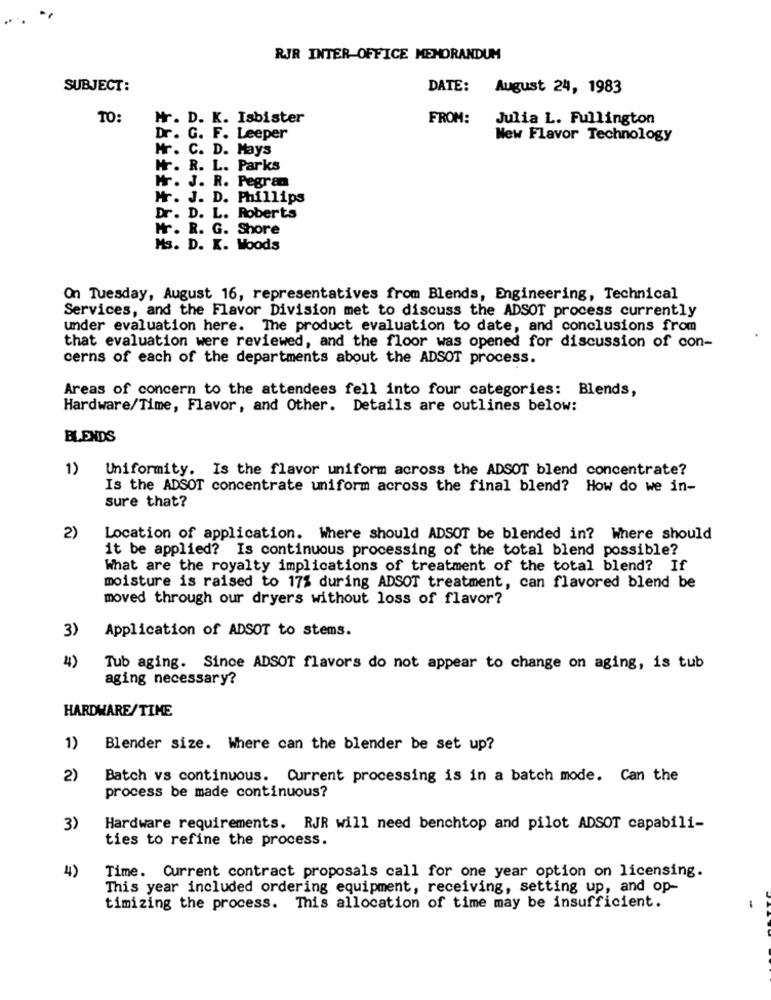
RJR INTER-OFFICE MEMORANDUM
SUBJECT:
DATE:
August 24, 1983
TO:
Mr. D. K. Isbister
FROM:
Julia L. Fullington
Dr. G. F. Leeper
New Flavor Technology
Mr. C. D. Mays
Hr. R. L. Parks
Mr. J. R. Pegran
Mr. J. D. Phillips
Dr. D. L. Roberts
Mr. R. G. Shore
Ms. D. K. Woods
On Tuesday, August 16, representatives from Blends, Engineering, Technical
Services, and the Flavor Division met to discuss the ADSOT process currently
under evaluation here. The product evaluation to date, and conclusions from
that evaluation were reviewed, and the floor was opened for discussion of con-
cerns of each of the departments about the ADSOT process.
Areas of concern to the attendees fell into four categories: Blends,
Hardware/Time, Flavor, and Other. Details are outlines below:
BLENDS
1)
Uniformity. Is the flavor uniform across the ADSOT blend concentrate?
Is the ADSOT concentrate uniform across the final blend? How do we in-
sure that?
2)
Location of application. Where should ADSOT be blended in? Where should
it be applied? Is continuous processing of the total blend possible?
What are the royalty implications of treatment of the total blend? If
moisture is raised to 17% during ADSOT treatment, can flavored blend be
moved through our dryers without loss of flavor?
3)
Application of ADSOT to stems.
4)
Tub aging. Since ADSOT flavors do not appear to change on aging, is tub
aging necessary?
HARDWARE/TIME
1)
Blender size. Where can the blender be set up?
2)
Batch vs continuous. Current processing is in a batch mode. Can the
process be made continuous?
3)
Hardware requirements. RJR will need benchtop and pilot ADSOT capabili-
ties to refine the process.
4)
Time. Current contract proposals call for one year option on licensing.
This year included ordering equipment, receiving, setting up, and op-
timizing the process. This allocation of time may be insufficient.